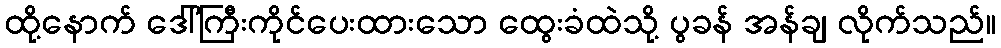
ထို့နောက် ဒေါ်ကြီးကိုင်ပေးထားသော ထွေးခံထဲသို့ ပွခန် အန်ချ လိုက်သည်။